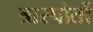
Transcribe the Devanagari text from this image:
त्रास्पोर्तो